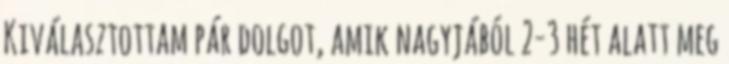
Kiválasztottam pár dolgot, amik nagyjából 2-3 hét alatt meg